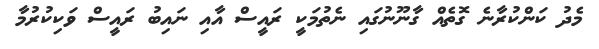
މެދު ކަންކުރާނެ ގޮތެއް ގާނޫނުގައި ނެތުމަކީ ރައީސް އާއި ނައިބު ރައީސް ވަކިކުރުމާ